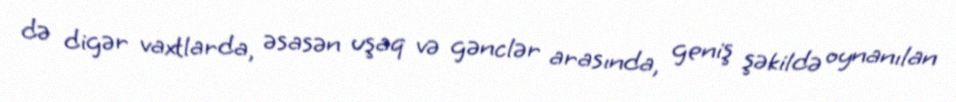
də digər vaxtlarda, əsasən uşaq və gənclər arasında, geniş şəkildə oynanılan